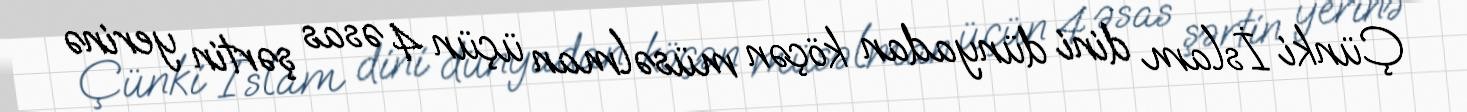
Çünki İslam dini dünyadan köçən müsəlman üçün 4 əsas şərtin yerinə